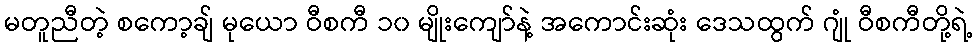
မတူညီတဲ့ စကော့ချ် မုယော ဝီစကီ ၁၀ မျိုးကျော်နဲ့ အကောင်းဆုံး ဒေသထွက် ဂျုံ ဝီစကီတို့ရဲ့